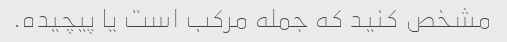
مشخص کنید که جمله مرکب است یا پیچیده.